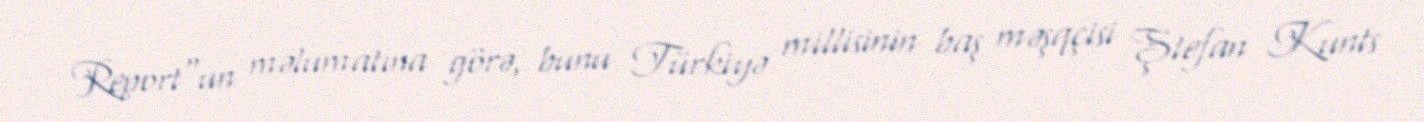
Report"un məlumatına görə, bunu Türkiyə millisinin baş məşqçisi Ştefan Kunts